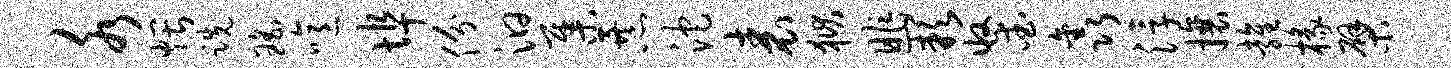
水煨跣瑶噫埠份汩集暴沱表狱昨缺收爱鑫浮攘雍椽檗